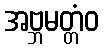
အဗ္ဘမတ္တံဝ